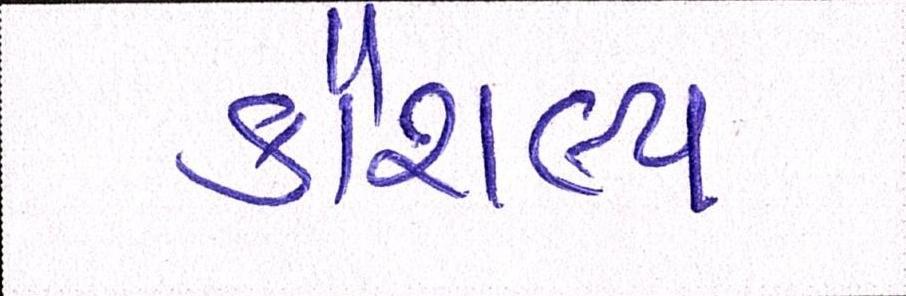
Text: કૌશલ્ય